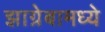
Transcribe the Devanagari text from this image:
झाग्रेबामध्ये